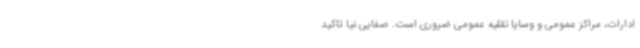
ادارات، مراکز عمومی و وسایا نقلیه عمومی ضروری است. صفایی نیا تاکید